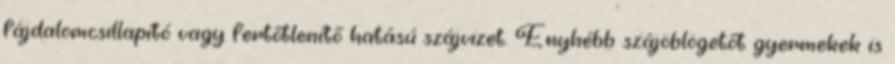
fájdalomcsillapító vagy fertőtlenítő hatású szájvizet. Enyhébb szájöblögetőt gyermekek is